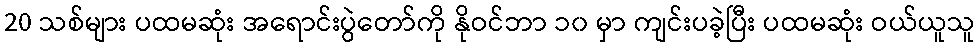
20 သစ်များ ပထမဆုံး အရောင်းပွဲတော်ကို နိုဝင်ဘာ ၁၀ မှာ ကျင်းပခဲ့ပြီး ပထမဆုံး ဝယ်ယူသူ